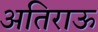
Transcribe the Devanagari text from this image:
अतिराऊ